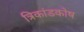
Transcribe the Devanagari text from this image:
त्रिकांडकोष